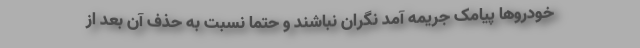
خودروها پیامک جریمه آمد نگران نباشند و حتما نسبت به حذف آن بعد از